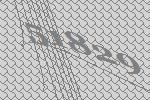
51829